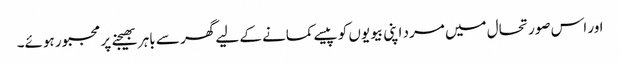
اور اس صورتحال میں مرد اپنی بیویوں کو پیسے کمانے کے لیے گھر سے باہر بھیجنے پر مجبور ہوئے۔